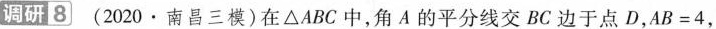
调研8(2020·南昌三模)在△ABC中，角A的平分线交BC边于点D，$$A B = 4$$，